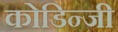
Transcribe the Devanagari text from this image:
कोडिन्जी